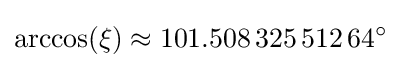
\arccos(\xi )\approx 101.508\,325\,512\,64^{\circ }